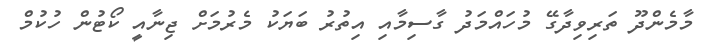
މާމެންދޫ ތަރިވިދާގޭ މުހައްމަދު ގާސިމާއި އިތުރު ބަޔަކު މެރުމަށް ޖިނާއީ ކޯޓުން ހުކުމް